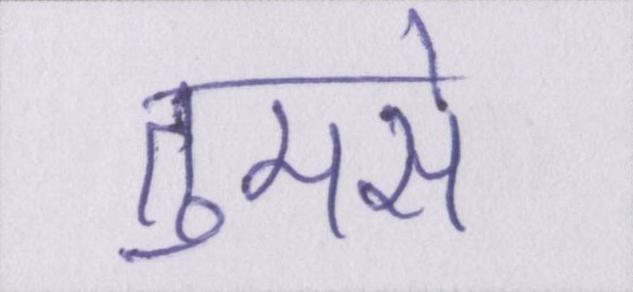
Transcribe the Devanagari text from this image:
तुमसे